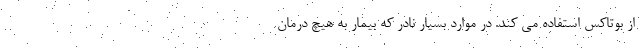
از بوتاکس استفاده می کند. در موارد بسیار نادر که بیمار به هیچ درمان